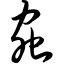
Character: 虫